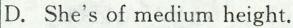
D. She's of medium height.